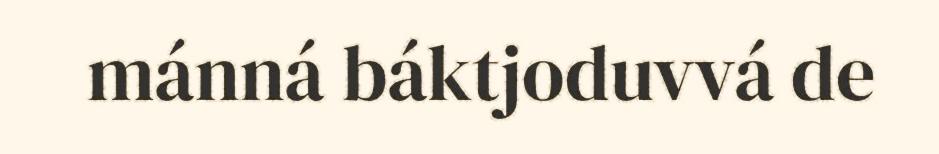
mánná báktjoduvvá de